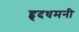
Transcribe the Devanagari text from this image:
हृदधमनी